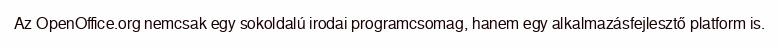
Az OpenOffice.org nemcsak egy sokoldalú irodai programcsomag, hanem egy alkalmazásfejlesztő platform is.